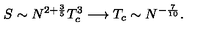
S \sim N ^ { 2 + \frac { 3 } { 5 } } T _ { c } ^ { 3 } \longrightarrow T _ { c } \sim N ^ { - \frac { 7 } { 1 0 } } .